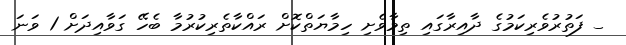
_ ފަތުރުވެރިކަމުގެ ދާއިރާގައި ތިމާވެށި ހިމާޔަތްކޮށް ރައްކާތެރިކުރުމާ ބެހޭ ގަވާއިދަށް 1 ވަނަ